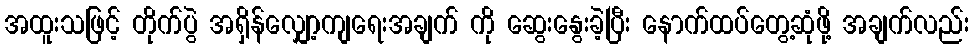
အထူးသဖြင့် တိုက်ပွဲ အရှိန်လျှော့ကျရေးအချက် ကို ဆွေးနွေးခဲ့ပြီး နောက်ထပ်တွေ့ဆုံဖို့ အချက်လည်း